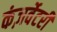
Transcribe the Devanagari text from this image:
कंज़र्वेटरी